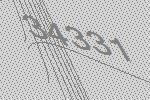
34331